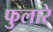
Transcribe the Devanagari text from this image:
फुलारे